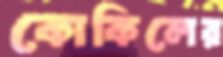
কোকিলের